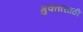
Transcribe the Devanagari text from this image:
मुक्तासाठी